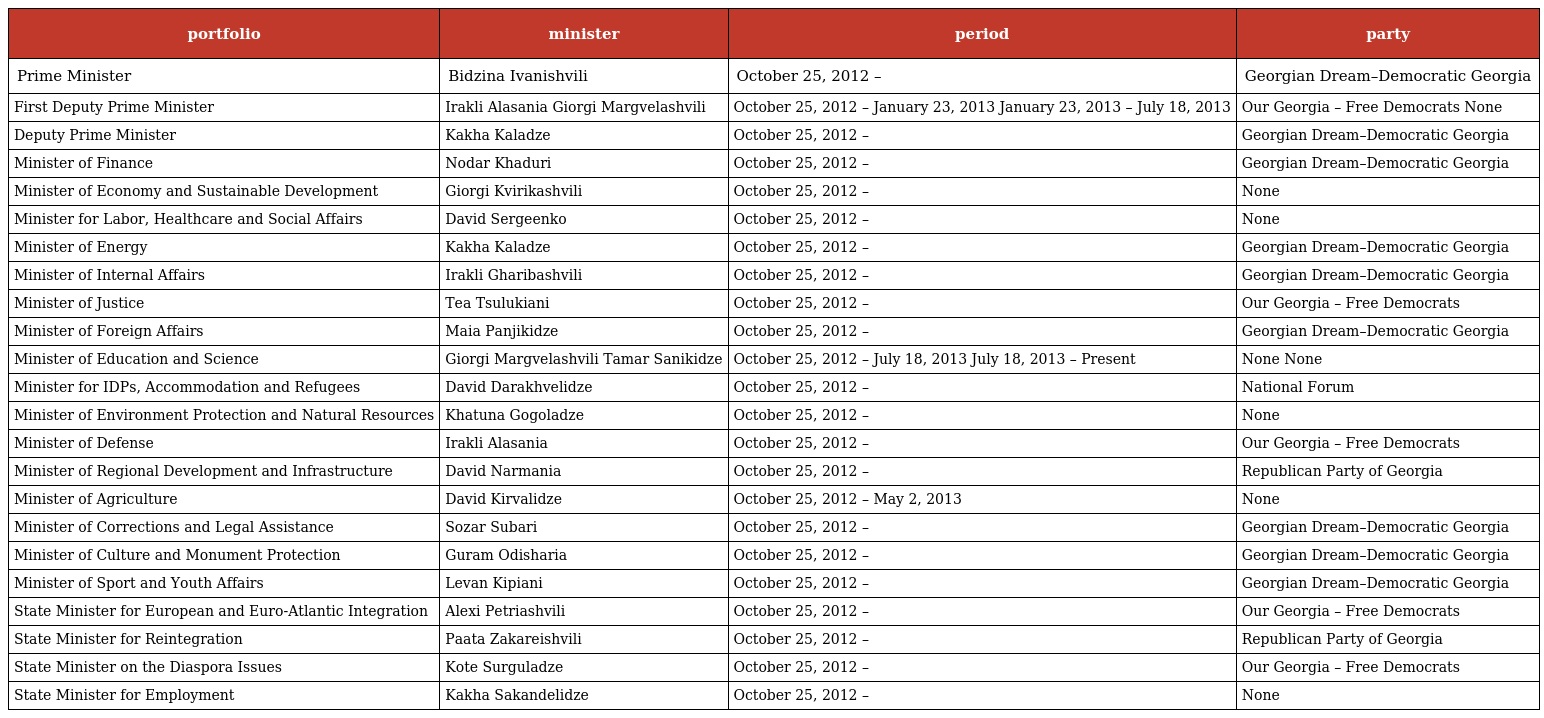
| portfolio | minister | period | party |
 | --- | --- | --- | --- |
 | Prime Minister | Bidzina Ivanishvili | October 25, 2012 – | Georgian Dream–Democratic Georgia |
 | First Deputy Prime Minister | Irakli Alasania Giorgi Margvelashvili | October 25, 2012 – January 23, 2013 January 23, 2013 – July 18, 2013 | Our Georgia – Free Democrats None |
 | Deputy Prime Minister | Kakha Kaladze | October 25, 2012 – | Georgian Dream–Democratic Georgia |
 | Minister of Finance | Nodar Khaduri | October 25, 2012 – | Georgian Dream–Democratic Georgia |
 | Minister of Economy and Sustainable Development | Giorgi Kvirikashvili | October 25, 2012 – | None |
 | Minister for Labor, Healthcare and Social Affairs | David Sergeenko | October 25, 2012 – | None |
 | Minister of Energy | Kakha Kaladze | October 25, 2012 – | Georgian Dream–Democratic Georgia |
 | Minister of Internal Affairs | Irakli Gharibashvili | October 25, 2012 – | Georgian Dream–Democratic Georgia |
 | Minister of Justice | Tea Tsulukiani | October 25, 2012 – | Our Georgia – Free Democrats |
 | Minister of Foreign Affairs | Maia Panjikidze | October 25, 2012 – | Georgian Dream–Democratic Georgia |
 | Minister of Education and Science | Giorgi Margvelashvili Tamar Sanikidze | October 25, 2012 – July 18, 2013 July 18, 2013 – Present | None None |
 | Minister for IDPs, Accommodation and Refugees | David Darakhvelidze | October 25, 2012 – | National Forum |
 | Minister of Environment Protection and Natural Resources | Khatuna Gogoladze | October 25, 2012 – | None |
 | Minister of Defense | Irakli Alasania | October 25, 2012 – | Our Georgia – Free Democrats |
 | Minister of Regional Development and Infrastructure | David Narmania | October 25, 2012 – | Republican Party of Georgia |
 | Minister of Agriculture | David Kirvalidze | October 25, 2012 – May 2, 2013 | None |
 | Minister of Corrections and Legal Assistance | Sozar Subari | October 25, 2012 – | Georgian Dream–Democratic Georgia |
 | Minister of Culture and Monument Protection | Guram Odisharia | October 25, 2012 – | Georgian Dream–Democratic Georgia |
 | Minister of Sport and Youth Affairs | Levan Kipiani | October 25, 2012 – | Georgian Dream–Democratic Georgia |
 | State Minister for European and Euro-Atlantic Integration | Alexi Petriashvili | October 25, 2012 – | Our Georgia – Free Democrats |
 | State Minister for Reintegration | Paata Zakareishvili | October 25, 2012 – | Republican Party of Georgia |
 | State Minister on the Diaspora Issues | Kote Surguladze | October 25, 2012 – | Our Georgia – Free Democrats |
 | State Minister for Employment | Kakha Sakandelidze | October 25, 2012 – | None |